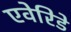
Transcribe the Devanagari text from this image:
एवेरिडे